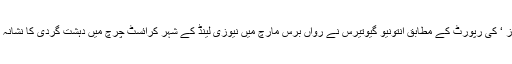
برطانوی خبررساں ادارے ’ رائٹرز ‘ کی رپورٹ کے مطابق انتونیو گیوتیرس نے رواں برس مارچ میں نیوزی لینڈ کے شہر کرائسٹ چرچ میں دہشت گردی کا نشانہ بننے والی مسجد النور کا دورہ کیا۔